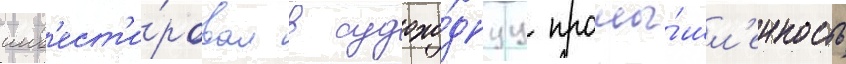
инв'ест'и́ровал в судохо́днуу промы́шл'енность